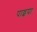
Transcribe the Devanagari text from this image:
पाइपा